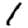
Digit: 1